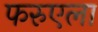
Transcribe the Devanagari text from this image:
फरुएला